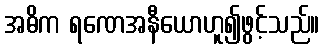
အဓိက ရဏေအနီယောဟူ၍ဖွင့်သည်။